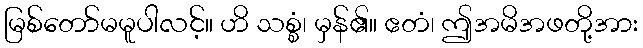
မြစ်တော်မမူပါလင့်။ ဟိ သစ္စံ၊ မှန်၏။ ဧတံ၊ ဤအမိအဖတို့အား